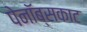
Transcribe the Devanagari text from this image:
पेनॉब्सकाट